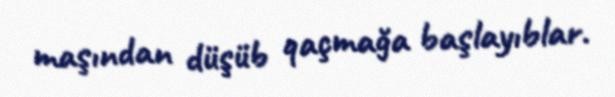
maşından düşüb qaçmağa başlayıblar.